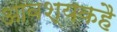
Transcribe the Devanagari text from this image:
आवश्यकहै